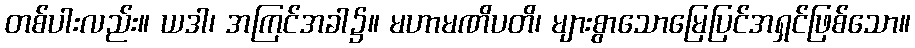
တစ်ပါးလည်း။ ယဒါ၊ အကြင်အခါ၌။ မဟာမဏိပတိ၊ များစွာသောမြေပြင်အရှင်ဖြစ်သော။